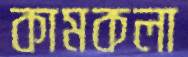
কামকলা